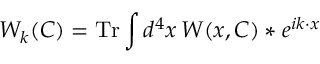
W _ { k } ( C ) = \mathrm { T r } \int d ^ { 4 } x \, W ( x , C ) \ast e ^ { i k \cdot x }